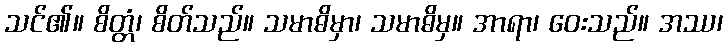
သင်၏။ စိတ္တံ၊ စိတ်သည်။ သမာဓိမှာ၊ သမာဓိမှ။ အာရာ၊ ဝေးသည်။ အဿ၊